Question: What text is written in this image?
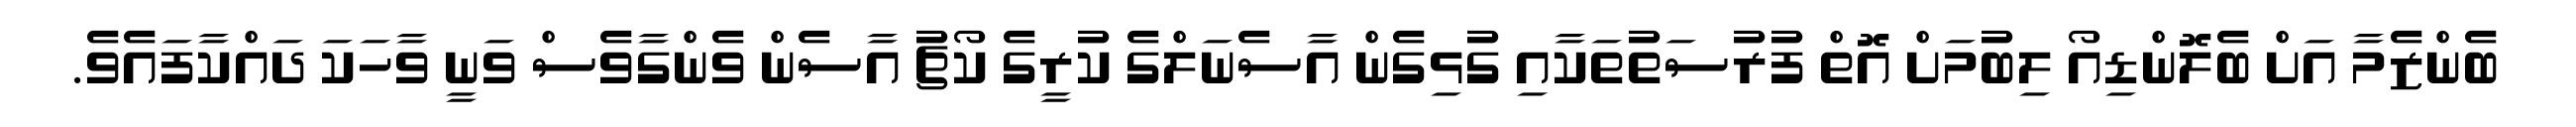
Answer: ބެންޒެމާ އަށް ބެލޮންޑިއޯ ލިބުމަށް އޮތް ފުރުސަތުތަކާއި ގުޅިގެން އާސެނަލްގެ ކުރީގެ ކޯޗު އާސެން ވެންގާވެސް ވަނީ ވާހަކަ ދައްކާފައެވެ.